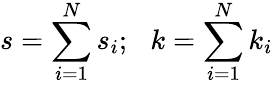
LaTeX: s=\sum_{i=1}^{N}s_{i};\, \, \, \, k=\sum_{i=1}^{N}k_{i}